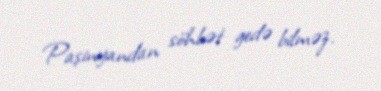
Paşinyandan söhbət gedə bilməz.